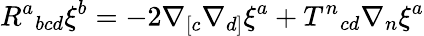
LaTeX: R^{a}{}_{bcd}\xi^{b}=-2\nabla_{[c}\nabla_{d]}\xi^{a}+T^{n}{}_{cd}\nabla_{n}\xi^{a}